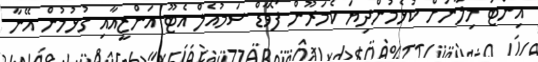
އިންޓަ މިލާނަށް ކުޅެމުންދިޔަ ކެމަރޫން ފޯވާޑް ސަމުއެލް އެޓޫ އަންޒީއާއި ގުޅުމުން އޭނާ